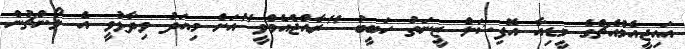
އައިޖީއެމްއެޗްގެ މީޑިއާ އޮފިޝަލް ޒީނަތު ހަބީބު "ރާއްޖެއެމްވީ"އަށް މިއަދު ވިދާޅުވީ އެ ލޯންޗުން